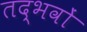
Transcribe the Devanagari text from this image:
तद्भवों